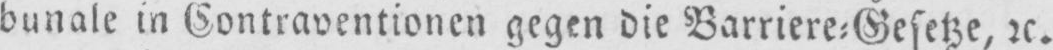
bunale in Contraventionen gegen die Barriere⸗Gesetze, etc.